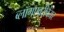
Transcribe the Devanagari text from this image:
ब्लॉगएवरीवेयर